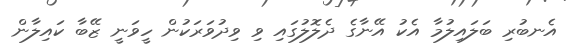
އެނބުރި ބަލައިލުމާ އެކު އޭނާގެ ދެލޮލުގައި ވި ވިދުވަރަކުން ހީވަނީ ޒޭބާ ކައިލާން